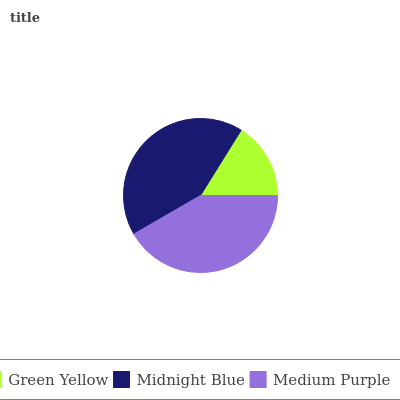
| Green Yellow | Midnight Blue | Medium Purple |
 | --- | --- | --- |
 | 16.1% | 42.2% | 41.7% |